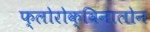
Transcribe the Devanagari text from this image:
फ्लोरोक्विनालोन